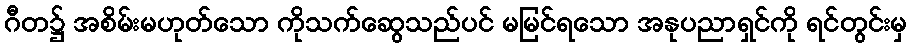
ဂီတ၌ အစိမ်းမဟုတ်သော ကိုသက်ဆွေသည်ပင် မမြင်ရသော အနုပညာရှင်ကို ရင်တွင်းမှ